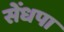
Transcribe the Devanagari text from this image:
सेंधपा